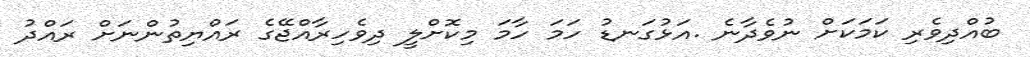
ބުއްދިވެރި ކަމަކަށް ނުވެދާނެ .އަޅުގަނޑު ހަމަ ހާމަ މިކޮށްލީ ދިވެހިރާއްޖޭގެ ރައްޔިތުންނަށް ރައްދު